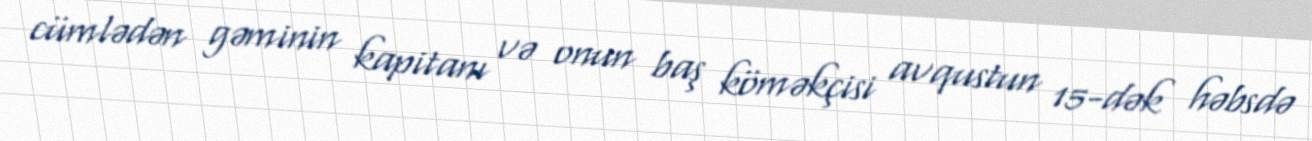
cümlədən gəminin kapitanı və onun baş köməkçisi avqustun 15-dək həbsdə